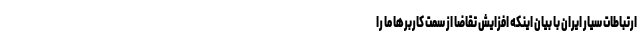
ارتباطات سیار ایران با بیان اینکه افزایش تقاضا از سمت کاربرها ما را